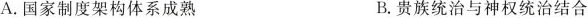
A.国家制度架构体系成熟 B.贵族统治与神权统治结合